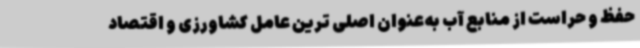
حفظ و حراست از منابع آب به‌عنوان اصلی ترین عامل کشاورزی و اقتصاد